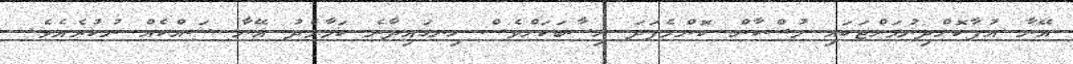
އޭނާ އުފާކޮށްދިނުމަށްޓަކައި މުސްކާން ކޮންމެފަދަ ހިސާބަކަށްވެސް ހިނގައިދާނެ ކަމާމެދު އޭނާ ޝައްކެއް ނުކުރެއެވެ.